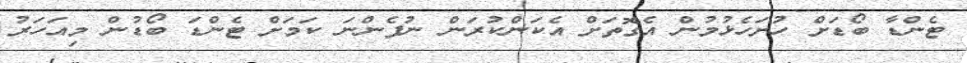
ޓެންޑާ ބޯޑަށް ހުށަހެޅުމުން އެގޮތަށް އެކަންކުރަން ނުފެންނަ ކަމަށް ޓެންޑަ ބޯޑުން މިއަހަރު